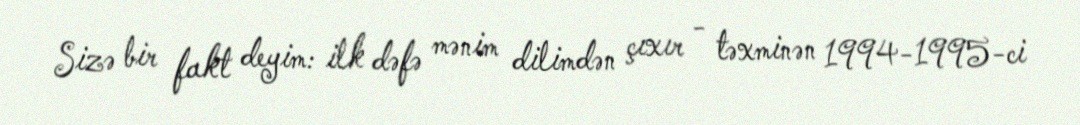
Sizə bir fakt deyim: ilk dəfə mənim dilimdən çıxır - təxminən 1994-1995-ci